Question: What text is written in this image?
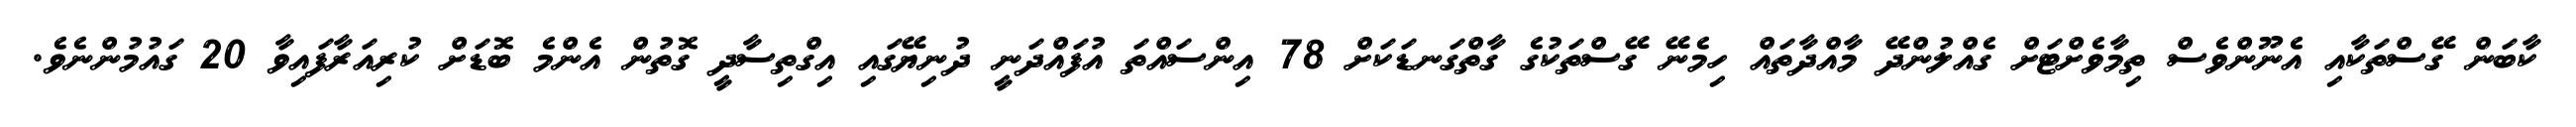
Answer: ކާބަން ގޭސްތަކާއި އެނޫންވެސް ތިމާވެށްޓަށް ގެއްލުންދޭ މާއްދާތައް ހިމެނޭ ގޭސްތަކުގެ ގާތްގަނޑަކަށް 78 އިންސައްތަ އުފައްދަނީ ދުނިޔޭގައި އިގްތިސާދީ ގޮތުން އެންމެ ބޮޑަށް ކުރިއަރާފައިވާ 20 ގައުމުންނެވެ.